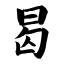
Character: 曷